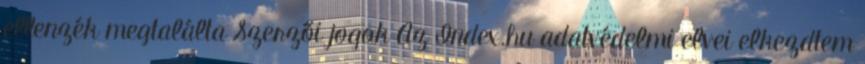
ellenzék megtalálta Szerzői jogok Az Index.hu adatvédelmi elvei elkezdtem